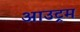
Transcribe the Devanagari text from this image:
आउट्रम